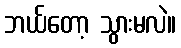
ဘယ်တော့ သွားမလဲ။